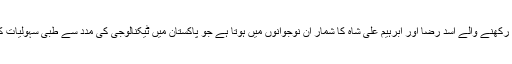
تفصیلات کے مطابق اسلام آباد سے تعلق رکھنے والے اسد رضا اور ابرہیم علی شاہ کا شمار اُن نوجوانوں میں ہوتا ہے جو پاکستان میں ٹیکنالوجی کی مدد سے طبی سہولیات کی فراہمی ٹیکنالوجی کے خواہش مند ہیں۔